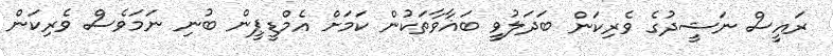
ރައީސް ނަޝީދުގެ ވެރިކަން ބަދަލުވީ ބަޣާވާތަކުން ކަމަށް އެމްޑީޕީން ބުނި ނަމަވެސް ވެރިކަން